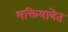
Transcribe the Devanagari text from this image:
भक्तियात्रेत